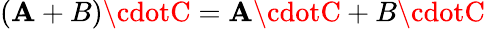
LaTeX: (\mathbf{A}+B)\cdotC=\mathbf{A}\cdotC+B\cdotC